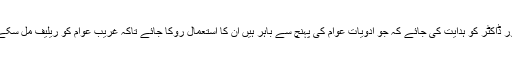
اور ڈاکٹر کو ہدایت کی جائے کہ جو ادویات عوام کی پہنچ سے باہر ہیں ان کا استعمال روکا جائے تاکہ غریب عوام کو ریلیف مل سکے۔